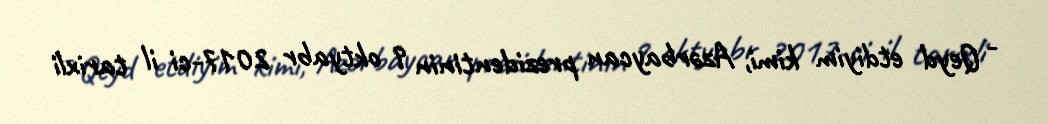
- Qeyd etdiyim kimi, Azərbaycan prezidentinin 9 oktyabr 2017-ci il tarixli